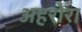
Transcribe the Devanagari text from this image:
अहरोरा